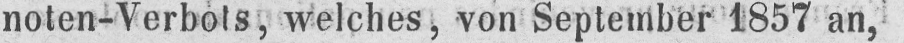
noten-Verbots, welches, von September 1857 an,